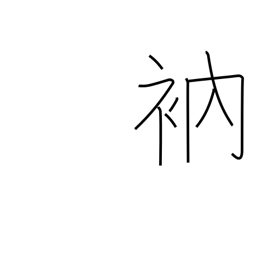
Meaning: mend